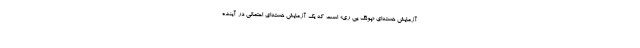
آزمایش هسته‌ای «پونگ یی ری» است که یک آزمایش هسته‌ای احتمالی در آینده